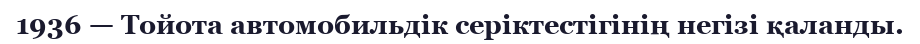
1936 — Тойота автомобильдiк серiктестiгінің негiзі қаланды.